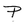
Character: P